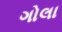
ગોલા